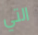
التي